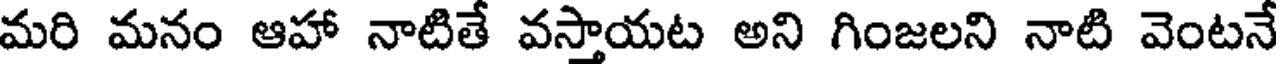
మరి మనం ఆహా నాటితే వస్తాయట అని గింజలని నాటి వెంటనే